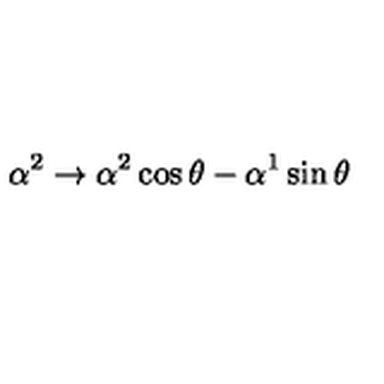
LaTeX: \alpha ^ { 2 } \rightarrow \alpha ^ { 2 } \cos \theta - \alpha ^ { 1 } \sin \theta